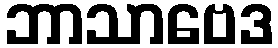
ဘာသာဗေဒ